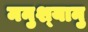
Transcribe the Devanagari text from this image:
मनुश्‍यानु